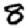
Digit: 8